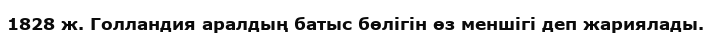
1828 ж. Голландия аралдың батыс бөлігін өз меншігі деп жариялады.